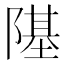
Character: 𨼂